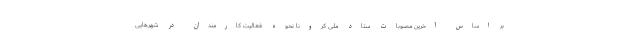
بر اساس آخرین مصوبات ستاد ملی کرونا نحوه فعالیت کارمندان در شهرهایی